Report on horse surra - Volume I
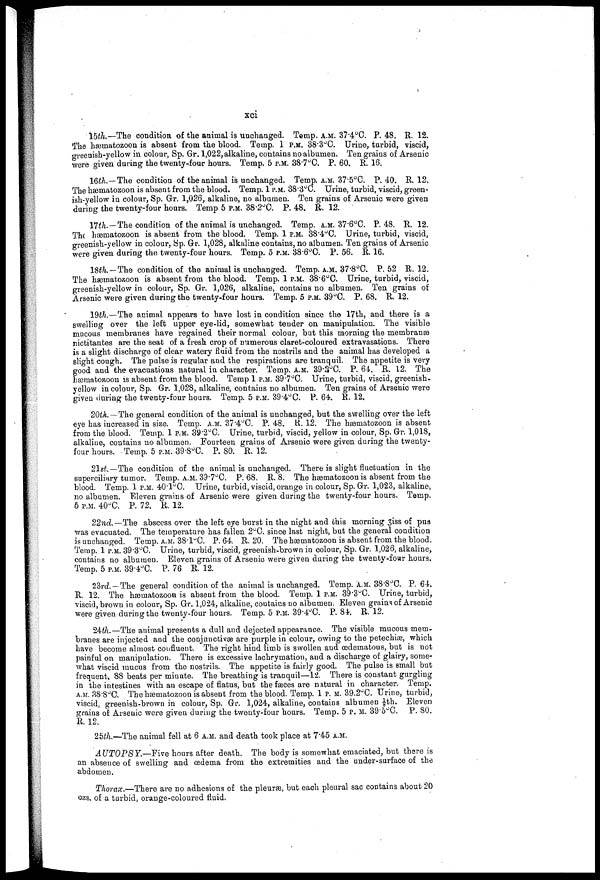
xci
15th— The condition of the animal is unchanged. Temp. A.M. 37.4°C. P. 48. R. 12.
The hæmatozoon is absent from the blood. Temp. 1 P.M. 38.3°C. Urine, turbid, viscid,
greenish-yellow in colour, Sp. Gr. 1,022, alkaline, contains no albumen. Ten grains of Arsenic
were given during the twenty-four hours. Temp. 5 P.M. 38.7°C. P. 60. R. 16.
16th.—The condition of the animal is unchanged. Temp. A.M. 37.5°C. P. 40. R. 12.
The hæmatozoon is absent from the blood. Temp. 1 P.M. 38.3°C. Urine, turbid, viscid, green
ish-yellow in colour, Sp. Gr. 1,026, alkaline, no albumen. Ten grains of Arsenic were given
during the twenty-four hours. Temp 5 P.M. 38.2°C. P. 48. R. 12.
17th.—The condition of the animal is unchanged. Temp. A.M. 37.6°C. P. 48. R. 12.
The hæmatozoon is absent from the blood. Temp. 1 P.M. 38.4°C. Urine, turbid, viscid,
greenish-yellow in colour, Sp. Gr. 1,028, alkaline contains, no albumen. Ten grains of Arsenic
were given during the twenty-four hours. Temp. 5 P.M. 38.6°C. P. 56. R. 16.
18th.— The condition of the animal is unchanged. Temp. A.M. 37.8°C. P. 52 R. 12.
The hæmatozoon is absent from the blood. Temp. 1 P.M. 38.6°C. Urine, turbid, viscid,
greenish-yellow in colour, Sp. Gr. 1,026, alkaline, contains no albumen. Ten grains of
Arsenic were given during the twenty-four hours. Temp, 5 P.M. 39°C. P. 68. R. 12.
19th.—The animal appears to have lost in condition since the 17th, and there is a
swelling over the left upper eye-lid, somewhat tender on manipulation. The visible
mucous membranes have regained their normal colour, but this morning the membranes
nictitantes are the seat of a fresh crop of numerous claret-coloured extravasations. There
is a slight discharge of clear watery fluid from the nostrils and the animal has developed a
slight cough. The pulse is regular and the respirations are tranquil. The appetite is very
good and the evacuations natural in character. Temp. A.M. 39 . 2°C. P. 64. R. 12. The
hæmatozoon is absent from the blood. Temp 1 P.M. 39.7°C. Urine, turbid, viscid, greenish-
yellow in colouir, Sp. Gr. 1,028, alkaline, contains no albumen. Ten grains of Arsenic were
given during the twenty-four hours. Temp. 5 P.M. 39.4°C. P. 64. R. 12.
20th. — The general condition of the animal is unchanged, but the swelling over the left
eye has increased in size. Temp. A.M. 37.4°C. P. 48. R. 12. The hæmatozoon is absent
from the blood. Temp. 1 P.M. 39.2°C. Urine, turbid, viscid, yellow in colour, Sp. Gr. 1,018,
alkalne, contains no albumen. Fourteen grains of Arsenic were given during the twenty-
four hours. Temp. 5 P.M. 39.8°C. P. 80. R. 12.
21st.— The condition of the animal is unchanged. There is slight fluctuation in the
superciliary tumor. Temp. A.M. 39.7°C. P. 68. R. 8. The hæmatozoon is absent from the
blood. Temp. 1 P.M. 40.1°C. Urine, turbid, viscid, orange in colour, Sp. Gr. 1,023, alkaline,
no albumen. Eleven grains of Arsenic were given during the twenty-four hours. Temp.
5 P.M. 40°C. P. 72.
R. 12.
22nd.— The abscess over the left eye burst in the night and this morning 3iss of pus
was evacuated. The temperature has fallen 2°C. since last night, but the general condition
is unchanged. Temp. A.M. 38.l°C. P. 64. R. 20. The hæmatozoon is absent from the blood.
Temp. 1 P.M. 39.3°C. Urine, turbid, viscid, greenish-brown in colour, Sp. Gr. 1,026, alkaline,
contains no albumen. Eleven grains of Arsenic were given during the twenty-four hours.
Temp. 5 P.M. 39.4°C. P. 76 R. 12.
23rd— The general condition of the animal is unchanged. Temp. A.M. 38.8°C. P. 64.
R. 12. The hæmatozoon is absent from the blood. Temp. 1 P.M. 39.3°C. Urine, turbid,
viscid, brown in colour, Sp. Gr. 1,024, alkaline, contains no albumen. Eleven grains of Arsenic
were given during the twenty-four hours. Temp. 5 P.M. 39.4°C. P. 84. R. 12.
24th—The animal presents a dull and dejected appearance. The visible mucous mem
branes are injected and the conjunctivae are purple in colour, owing to the petechiæ, which
have become almost confluent. The right hind limb is swollen and œdematous, but is not
painful on manipulation. There is excessive lachrymation, and a discharge of glairy, some
what viscid mucus from the nostrils. The appetite is fairly good. The pulse is small but
frequent, 88 beats per minute. The breathing is tranquil—12. There is constant gurgling
in the intestines with an escape of flatus, but the faeces are natural in character. Temp.
A.M. 38.8°C. The hæmatozoon is absent from the blood. Temp. 1 P. M. 39.2°C. Urine, turbid,
viscid, greenish-brown in colour, Sp. Gr. 1,024, alkaline, contains albumen ⅛th. Eleven
grains of Arsenic were given during the twenty-four hours. Temp. 5 P. M. 39.5°C. P. 80.
R. 12.
25th.—The animal fell at 6 A.M. and death took place at 7.45 A.M.
AUTOPSY.—Five
hours after death. The body is somewhat emaciated, but there is
an absence of swelling and oedema from the extremities and the under-surface of the
abdomen.
Thorax.—There are no adhesions of the pleurae, but each pleural sac contains about 20
ozs, of a turbid, orange-coloured fluid.